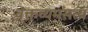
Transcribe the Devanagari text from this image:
वक्तव्यमसत्यं